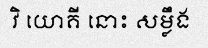
វិ យោគី នោះ សម្លឹង